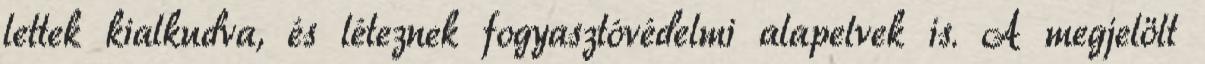
lettek kialkudva, és léteznek fogyasztóvédelmi alapelvek is. A megjelölt